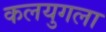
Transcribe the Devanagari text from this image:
कलयुगला